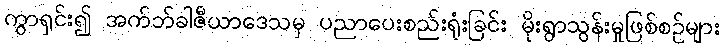
ကွာရှင်း၍ အက်ဘ်ခါဇီယာဒေသမှ ပညာပေးစည်းရုံးခြင်း မိုးရွာသွန်းမှုဖြစ်စဉ်များ